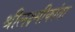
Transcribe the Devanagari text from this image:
श्रीलक्ष्मीकांता